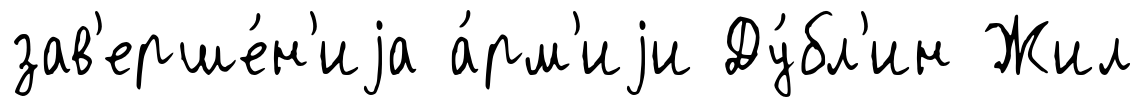
зав'ерше́н'иjа а́рм'иjи Ду́бл'ин Жил